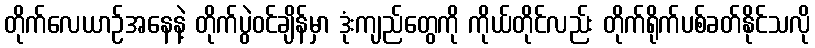
တိုက်လေယာဉ်အနေနဲ့ တိုက်ပွဲဝင်ချိန်မှာ ဒုံးကျည်တွေကို ကိုယ်တိုင်လည်း တိုက်ရိုက်ပစ်ခတ်နိုင်သလို